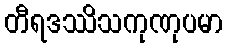
တီရဒဿိသကုဏုပမာ